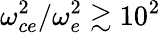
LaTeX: \omega_{ce}^{2}/\omega_{e}^{2}\gtrsim 10^{2}